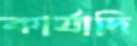
কার্যাদি